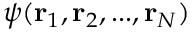
\psi ( \mathbf { r } _ { 1 } , \mathbf { r } _ { 2 } , . . . , \mathbf { r } _ { N } )